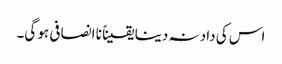
اس کی داد نہ دینا یقیناً نا انصافی ہو گی۔